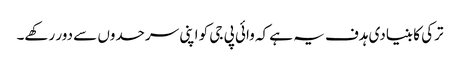
ترکی کا بنیادی ہدف یہ ہے کہ وائی پی جی کو اپنی سرحدوں سے دور رکھے۔